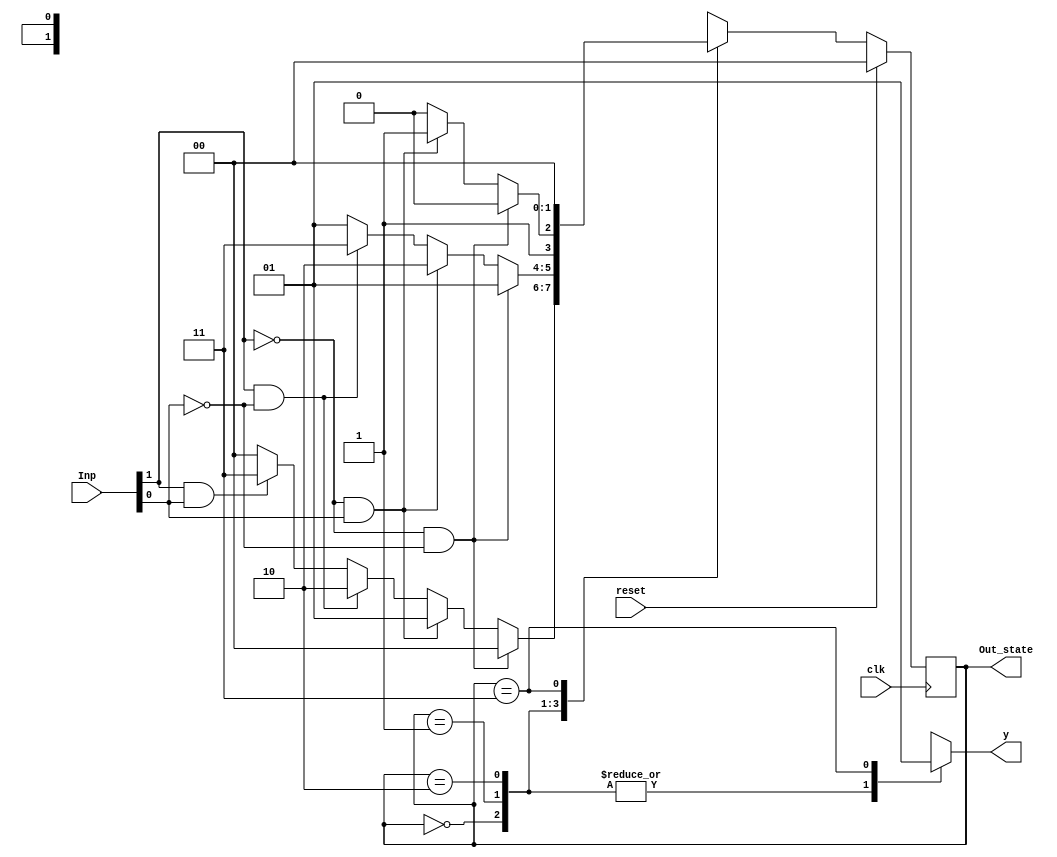
`timescale 1ns / 1ps
//////////////////////////////////////////////////////////////////////////////////
// Company: 
// Engineer: 
// 
// Design Name: 
// Module Name:    mooreVM_code 
// Project Name: 
// Target Devices: 
// Tool versions: 
// Description: 
//
// Dependencies: 
//
// Revision: 
// Revision 0.01 - File Created
// Additional Comments: 
//
//////////////////////////////////////////////////////////////////////////////////
module moore_machine(
   input [1 :0] Inp,
	input reset,
	input clk,
	output [1 :0] Out_state,
	output y
    );

localparam S0 = 0, S1 = 1,S2 = 2, S3 = 3;
				
reg [1:0] state, nxtState;
reg Out;

always@(posedge clk)
begin
	if (reset) state <= S0;
	else state <= nxtState;
end

always@(*)
begin
	//nxtState = state;
	case(state)
	S0: begin
	if (~Inp[1]&~Inp[0]) nxtState <= S0;
	else if (~Inp[1]&Inp[0]) nxtState <= S1;
	else if (Inp[1]&~Inp[0]) nxtState <= S2;
	else if (Inp[1]&Inp[0]) nxtState <= S3;
	else nxtState <= S0;
	end
	
	S1: begin
	if (~Inp[1]&~Inp[0]) nxtState <= S1;
	else if (~Inp[1]&Inp[0]) nxtState <= S2;
	else if (Inp[1]&~Inp[0]) nxtState <= S3;
	else nxtState <= S1;
	end
	
	S2: begin
	if (~Inp[1]&~Inp[0]) nxtState <= S2;
	else if (~Inp[1]&Inp[0]) nxtState <= S3;
	else nxtState <= S2;
	end
	
	S3: begin
	nxtState <= S0;
	end
	
	default:begin
	end
	endcase
end

always@(*)
begin
//nxtState = state;
Out <= 0;
	case(state)
	S0: Out <= 0;
	S1: Out <= 0;
	S2: Out <= 0;
	S3: Out <= 1;
	default: Out <=0;
	endcase
end
assign y = Out;
assign Out_state = state;
endmodule